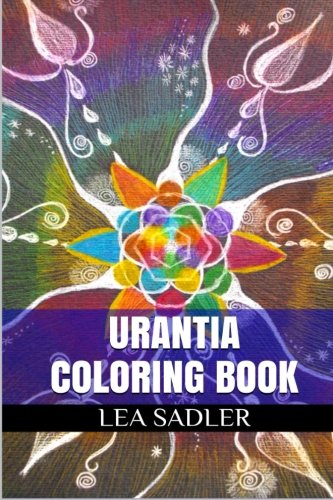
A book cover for Urantia Coloring Book: Epochal Revelation and Anti-Stress Adult Coloring Book; Lea Sadler; Religion & Spirituality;